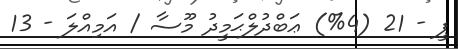
ޕީ - 21 (4%) ޢަބްދުލްޙަމީދު މޫސާ / އަމިއްލަ - 13